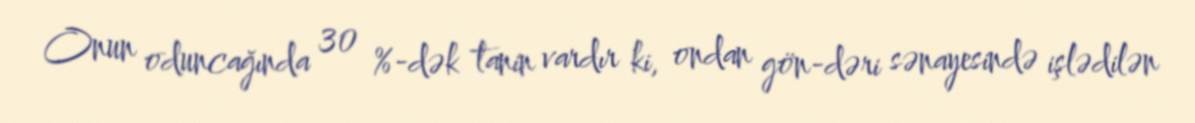
Onun oduncağında 30 %-dək tanin vardır ki, ondan gön-dəri sənayesində işlədilən